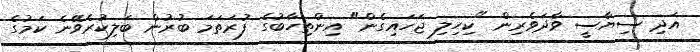
އަދި ސިޔާސީ ވާދަވެރިން "ކިހިލި ޖަހައިގެން" އިންތިހާބުގެ ފުރަތަމަ ބުރުން ބަލިކުރެވޭނެ ކަމުގެ